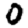
Digit: 0